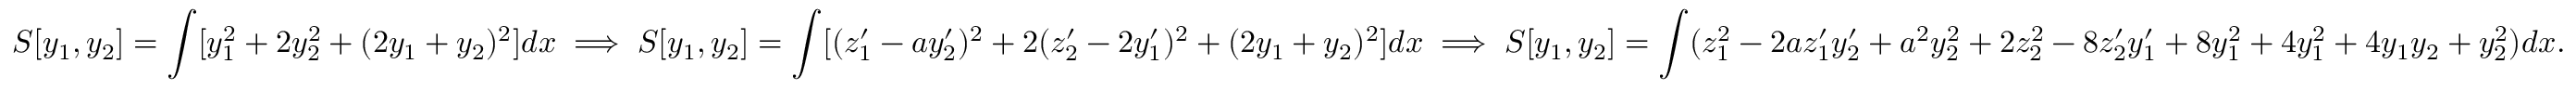
S [ y _ { 1 } , y _ { 2 } ] = \int [ y _ { 1 } ^ { 2 } + 2 y _ { 2 } ^ { 2 } + ( 2 y _ { 1 } + y _ { 2 } ) ^ { 2 } ] d x \implies S [ y _ { 1 } , y _ { 2 } ] = \int [ ( z _ { 1 } ^ { \prime } - a y _ { 2 } ^ { \prime } ) ^ { 2 } + 2 ( z _ { 2 } ^ { \prime } - 2 y _ { 1 } ^ { \prime } ) ^ { 2 } + ( 2 y _ { 1 } + y _ { 2 } ) ^ { 2 } ] d x \implies S [ y _ { 1 } , y _ { 2 } ] = \int ( z _ { 1 } ^ { 2 } - 2 a z _ { 1 } ^ { \prime } y _ { 2 } ^ { \prime } + a ^ { 2 } y _ { 2 } ^ { 2 } + 2 z _ { 2 } ^ { 2 } - 8 z _ { 2 } ^ { \prime } y _ { 1 } ^ { \prime } + 8 y _ { 1 } ^ { 2 } + 4 y _ { 1 } ^ { 2 } + 4 y _ { 1 } y _ { 2 } + y _ { 2 } ^ { 2 } ) d x .